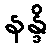
နန္ဒိ